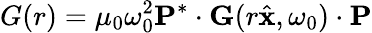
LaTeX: G(r)=\mu_{0}\omega_{0}^{2}\mathbf{P}^{*}\cdot\mathbf{G}(r\hat{\mathbf{x}},\omega_{0})\cdot\mathbf{P}